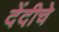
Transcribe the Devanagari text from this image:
देंदीचे